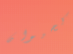
كحيوان